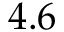
4 . 6